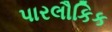
પારલૌકિક